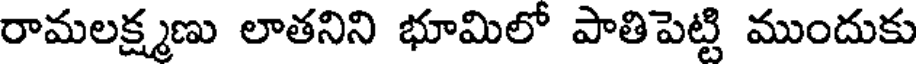
రామలక్ష్మణు లాతనిని భూమిలో పాతిపెట్టి ముందుకు